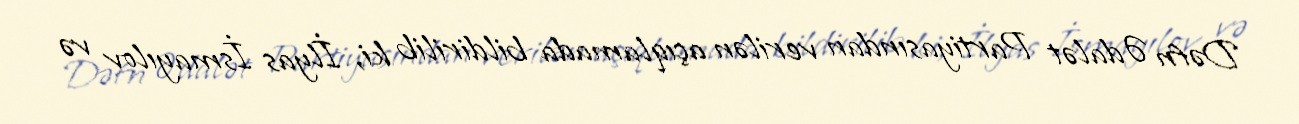
Dəfn Ədalət Partiyasından verilən açıqlamada bildirilib ki, İlyas İsmayılov və